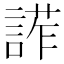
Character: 𧩳